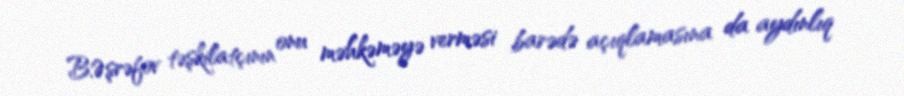
B.Əşrəfov təşkilatçının onu məhkəməyə verməsi barədə açıqlamasına da aydınlıq